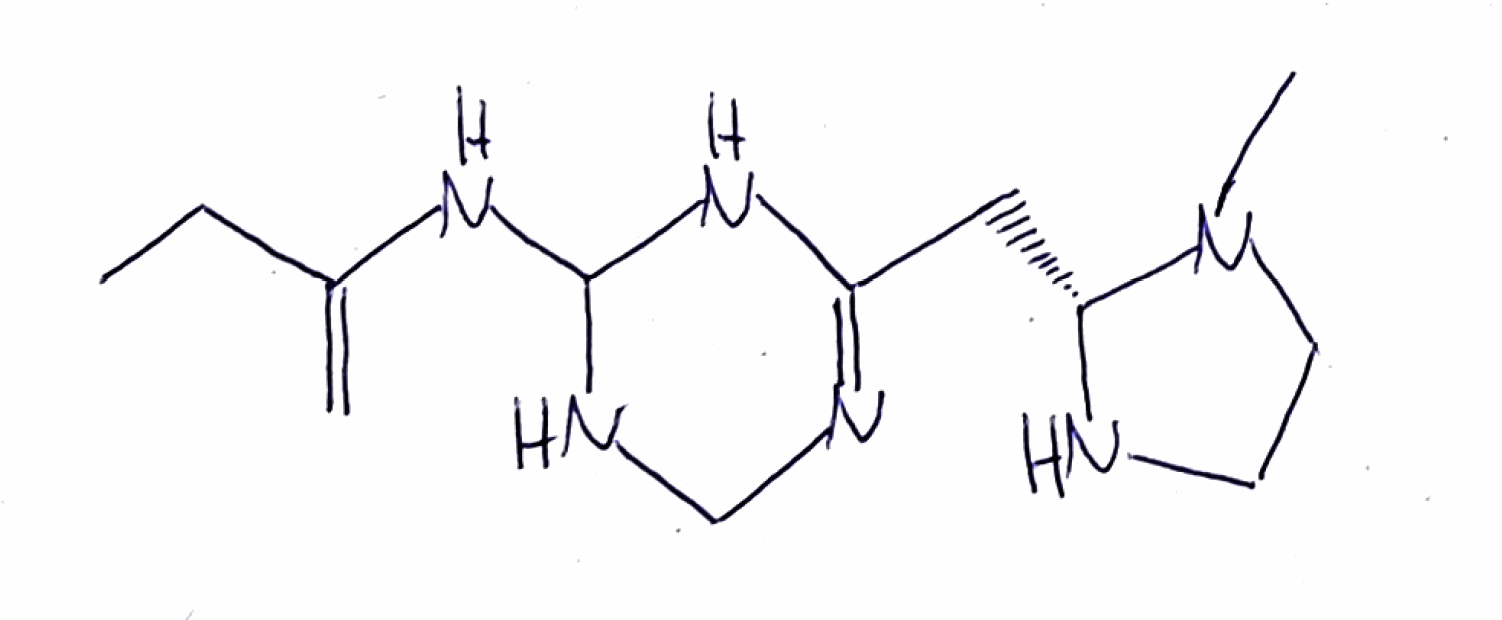
Simplified molecular-input line-entry system (SMILES) notation of the given molecule:
CCC(=C)NC1NCN=C(N1)C[C@H]2NCCN2C